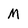
Character: M